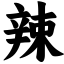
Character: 辣